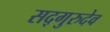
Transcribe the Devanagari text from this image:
सद्गुरुदेव